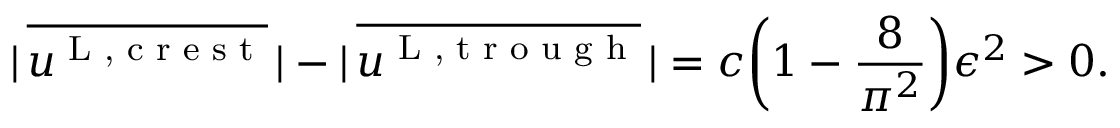
| \, \overline { { u ^ { \textnormal { L , c r e s t } } } } \, | - | \, \overline { { u ^ { \textnormal { L , t r o u g h } } } } \, | = c \bigg ( 1 - \frac { 8 } { \pi ^ { 2 } } \bigg ) \epsilon ^ { 2 } > 0 .